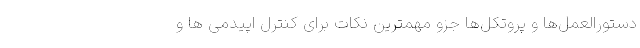
دستورالعمل‌ها و پروتکل‌ها جزو مهمترین نکات برای کنترل اپیدمی ها و